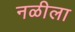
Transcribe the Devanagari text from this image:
नळीला